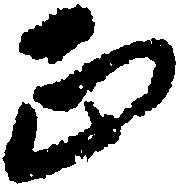
正